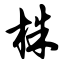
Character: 株